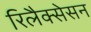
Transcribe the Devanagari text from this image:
रिलैक्सेसन